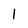
Character: 1